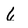
Character: 6